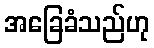
အခြေခံသည်ဟု